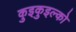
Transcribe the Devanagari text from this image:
कुइकुइल्को